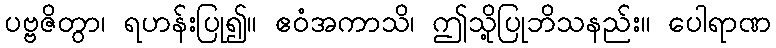
ပဗ္ဗဇိတွာ၊ ရဟန်းပြု၍။ ဧဝံအကာသိ၊ ဤသို့ပြုဘိသနည်း။ ပေါရာဏ